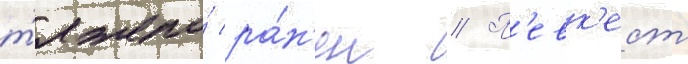
т'яжело́ ра́н'ен // П'евк'ест